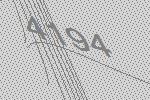
4194